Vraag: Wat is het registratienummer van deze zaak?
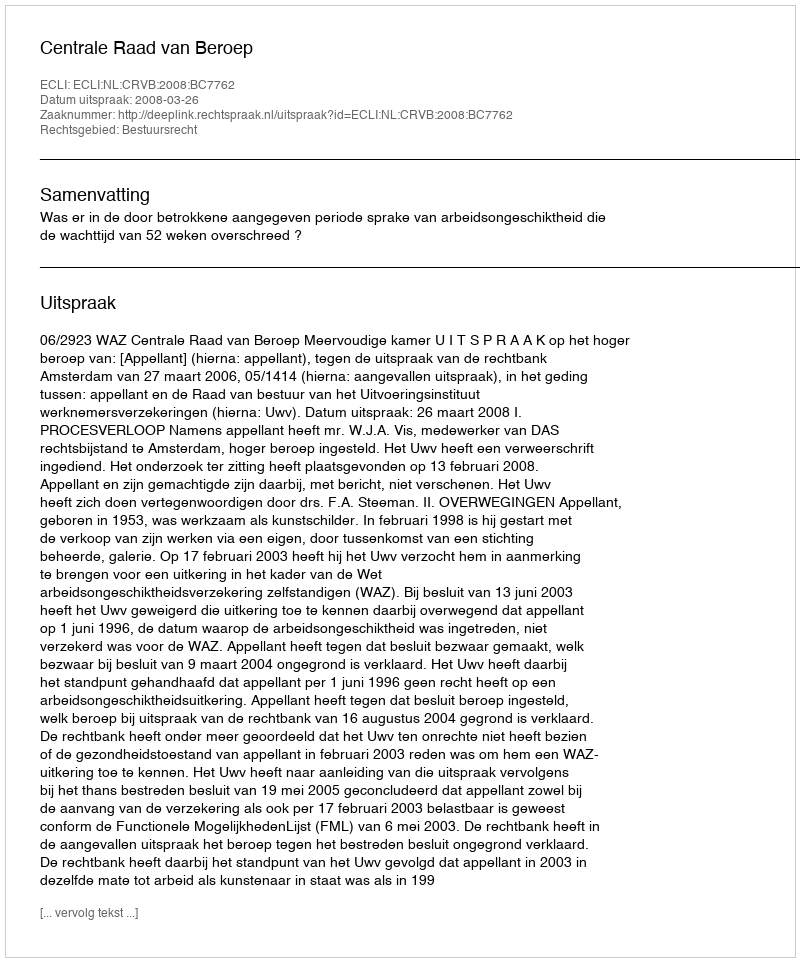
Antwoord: http://deeplink.rechtspraak.nl/uitspraak?id=ECLI:NL:CRVB:2008:BC7762